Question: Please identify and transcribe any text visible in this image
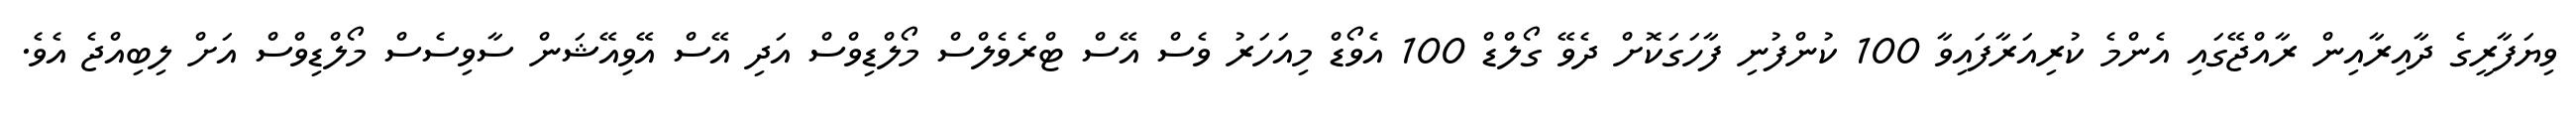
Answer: ވިޔަފާރީގެ ދާއިރާއިން ރާއްޖޭގައި އެންމެ ކުރިއަރާފައިވާ 100 ކުންފުނި ފާހަގަކޮށް ދެވޭ ގޯލްޑް 100 އެވޯޑް މިއަހަރު ވެސް އޭސް ޓްރެވެލްސް މޯލްޑިވްސް އަދި އޭސް އޭވިއޭޝަން ސާވިސެސް މޯލްޑިވްސް އަށް ލިބިއްޖެ އެވެ.